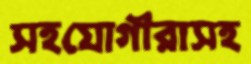
সহযোগীরাসহ